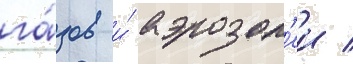
га́зов и́ аэрозол'еи /